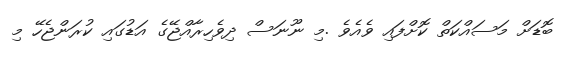
ބޮޑަށް މަސައްކަތް ކޮށްފައި ވެއެވެ .މި ނޫނަސް ދިވެހިރާއްޖޭގެ އަޑުގައި ކުރަންޖެހޭ މި